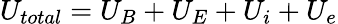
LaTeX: U_{total}=U_{B}+U_{E}+U_{i}+U_{e}